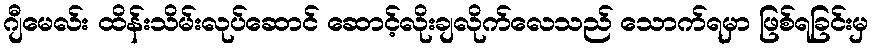
ဂျီမေလ်း ထိန်းသိမ်းလုပ်ဆောင် ဆောင့်လိုးချလိုက်လေသည် သောက်ရမှာ ဖြစ်ရခြင်းမှ